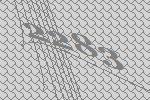
2283